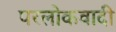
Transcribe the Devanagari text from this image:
परलोकवादी